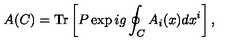
A ( C ) = \mathrm { T r } \left[ P \exp i g \oint _ { C } A _ { i } ( x ) d x ^ { i } \right] ,